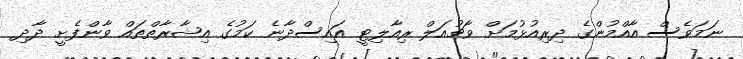
ނަމަވެސް އާއްމުންގެ ދިރިއުޅުމަށް ވާޗުއަލް ރިއާލިޓީ އައިސްދާނެ ކަމުގެ އިޝާރާތްތައް ވާންފެށީ ދާދި